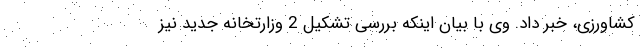
کشاورزی، خبر داد. وی با بیان اینکه بررسی تشکیل 2 وزارتخانه جدید نیز